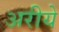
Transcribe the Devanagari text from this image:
अरीये